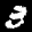
Digit: 3